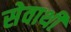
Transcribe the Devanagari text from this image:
सेवाथीं